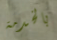
بالخدمة